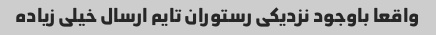
واقعا باوجود نزدیکی رستوران تایم ارسال خیلی زیاده